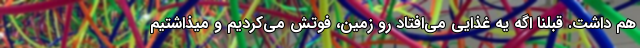
هم داشت. قبلنا اگه یه غذایی می‌افتاد رو زمین، فوتش می‌کردیم و میذاشتیم